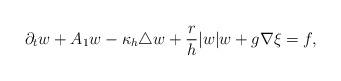
LaTeX: \begin{align*}\partial_t w + A_1 w -\kappa_h\triangle w +\dfrac{r}{h}|w|w+g\nabla\xi =f,\end{align*}